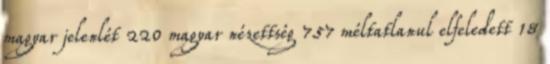
magyar jelenlét 220 magyar nézettség 757 méltatlanul elfeledett 18